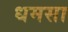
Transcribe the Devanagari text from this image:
धमसा